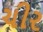
ચીર